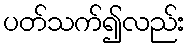
ပတ်သက်၍လည်း